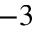
^ { - 3 }